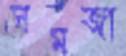
সমজা